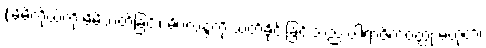
(မိမိကိုယ်ကို မိမိသတ်ခြင်း၊ မိဂလန္ဒကို သတ်ခိုင်းခြင်းသည် ပါရာဇိကဝတ္ထု မဟုတ်၊